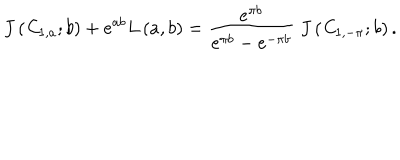
J \left( { \it C } _ { 1 , a } ; b \right) + e ^ { a b } L \left( a , b \right) = \frac { e ^ { \pi b } } { e ^ { \pi b } - e ^ { - \pi b } } \ J \left( { \it C } _ { 1 , - \pi } ; b \right) .